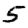
Digit: 5